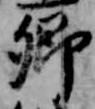
卿